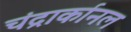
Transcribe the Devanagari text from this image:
चंद्रार्कानल